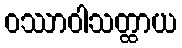
ဝဿာဝါသတ္ထာယ